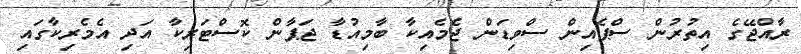
ރާއްޖޭގެ އިތުރުން ސްޕެއިން ސްވިޑަން ޖެމެއިކާ ބާމިއުޑާ ޖަޕާން ކޮސްޓަރިކާ އަދި އެމެރިކާގައި